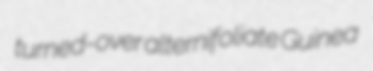
turned-over alternifoliate Guinea